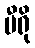
ဗီရို